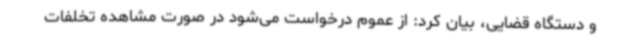
و دستگاه قضایی، بیان کرد: از عموم درخواست می‌شود در صورت مشاهده تخلفات